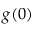
g ( 0 )